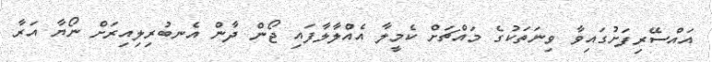
އައްސޭރިފަށުގައިވާ ވިނަތަކުގެ މައްޗަށް ކެމީލާ އެއްލާލާފައި ޖޯން ދާން އެނބުރިލިއިރަށް ނޯޔާ އަރާ